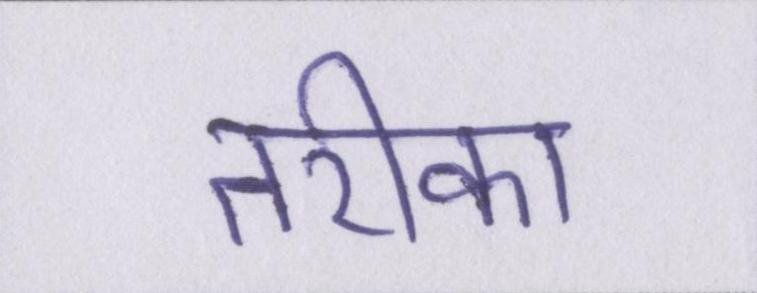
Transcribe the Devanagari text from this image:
तरीका